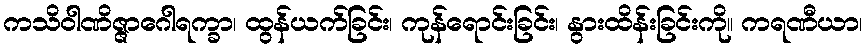
ကသိဝါဏိဇ္ဇာဂေါရက္ခာ၊ ထွန်ယက်ခြင်း၊ ကုန်ရောင်းခြင်း၊ နွားထိန်းခြင်းကို။ ကရဏီယာ၊